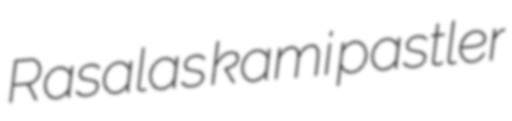
Rasalas kami pastler